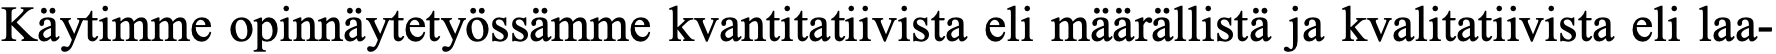
Käytimme opinnäytetyössämme kvantitatiivista eli määrällistä ja kvalitatiivista eli laa-